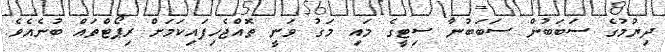
ދިޔުމުގެ ސަބަބުން ސަބަބުނާ ސިޓީގެ މައި މަގު ވަނީ ތޮއްޖެހިފައިކަމަށް ރިޕޯޓްތައް ބުނެއެވެ.